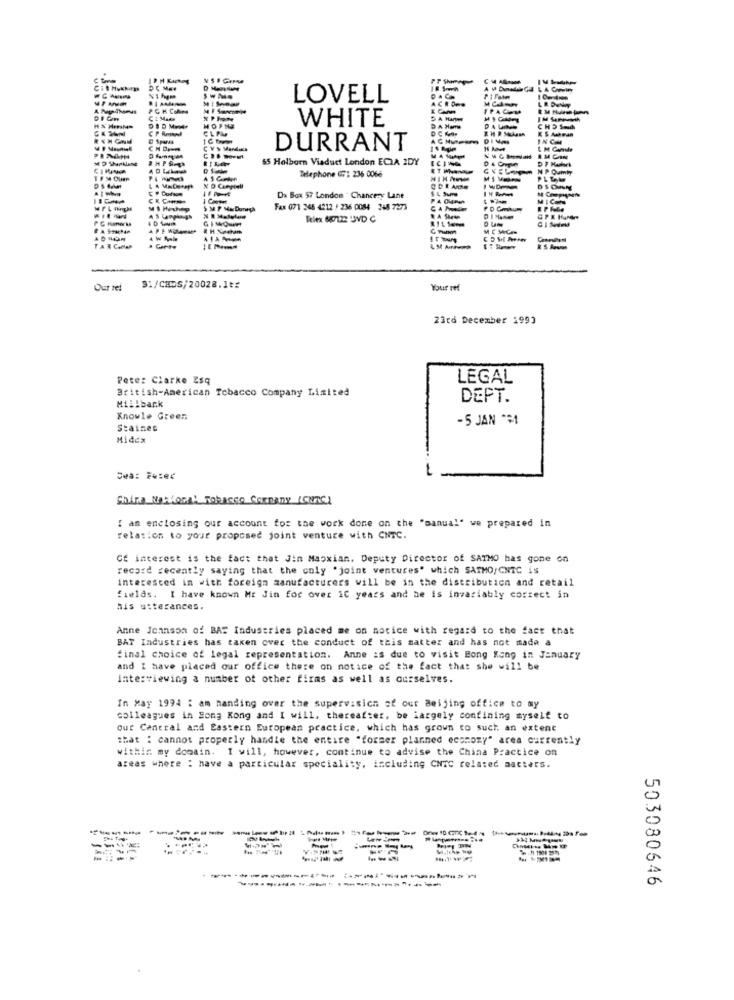
Cit Hyakan
LOVELL
A CROWD
DACH
IPACOM
N PHON
WHITE
CP Ami
CLPM
HOFNE
DC Kor
DALIN
DURRANT
55 Holborn Viaduct London ECLA 2DY
Telephone 67: 236 0066
N P Oumly
Da Box 57 London " Chancery Lane
MICOS
Fax 071 348 4212 / 236 0084 248 7273
MC MCAN
PAR CAMP
Our ref
3:/CHDS/20028.1t£
Your ref
23rd December 1993
Pete: Clarke Esq
LEGAL
British-American Tobacco Company Limited
DEPT.
Millbank
Knowle Green
-5 JAN -31
Staines
Midex
Dwa: Feter
China Waltona: Tobacco CORDany (CNNC]
I am enclosing our account for the work done on the "manual' we prepared in
relation to your proposed joint venture with CNTC.
Of interest is the fact that Jin Maoxian. Deputy Director of SATMO has gone on
record recently saying that the coly "joint ventures" which SATMO/ CNIC is
interested in with foreign manufacturers will be in the distribution and retail
fields. I have known Mt Jin for over IC years and he is invariably correct in
his utterances.
Anne Joinson of BAS Industries placed me on notice with regard to the fact that
BAT Industries has taken over the conduct of this matter and has not made a
final choice of legal representation. Anne is due to visit Hong Kong in January
and I have placed our office there on notice of the fact that she will be
interviewing a number of other firms as well as ourselves.
In May 1994 : am manding over the supervision of our Beijing office to my
colleagues in Hong Kong and I will, thereafter, be largely confining myself to
Out Central and Eastern European practice, which has grown to such an extent
that : cannot properly handle the entire "former planned economy" area currently
within my domain. I will, however, continue to advise the China Practice on
areas where : have a particular speciality, including Chic related aacters.
----
---------------
503080646